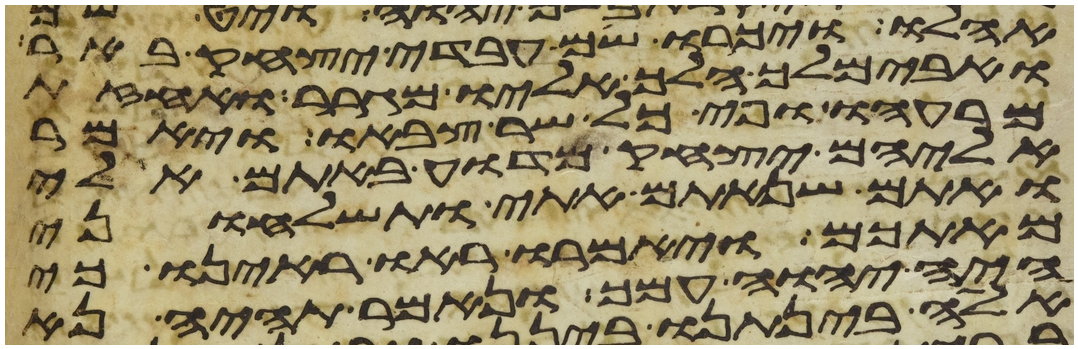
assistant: אהלו ויכרו שם עבדי יצחק באר
ואבימלך הלך אליו מגרר ואחזת
מרעהו ופיכל שר צבאו ויאמר
אליהם יצחק מדוע באתם אלי
ואתם שנאתם אתי ותשלחוני
מאתכם ויאמרו ראו ראינו כי
היה יהוה עמך ונאמר תהיה נא